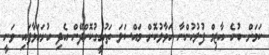
ކަމަށް ބުނެ އާޒިމް ފުލުހުންނާ ހަވާލުކޮށް މައްސަލަ ތަހުގީގުކޮށްދޭން އެދި ހުށަހަޅާފައި ވަނީ